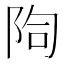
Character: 𨹐